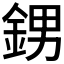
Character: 𨦻